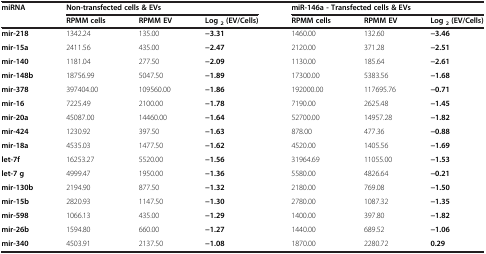
<table><thead><tr><td><b>miRNA</b></td><td colspan="3"><b>Non-transfected cells &amp; EVs</b></td><td colspan="3"><b>miR-146a - Transfected cells &amp; EVs</b></td></tr><tr><td><b> </b></td><td><b>RPMM cells</b></td><td><b>RPMM EV</b></td><td><b>Log<sub>2</sub>(EV/Cells)</b></td><td><b>RPMM cells</b></td><td><b>RPMM EV</b></td><td><b>Log<sub>2</sub>(EV/Cells)</b></td></tr></thead><tbody><tr><td><b>mir-218</b></td><td>1342.24</td><td>135.00</td><td><b>−3.31</b></td><td>1460.00</td><td>132.60</td><td><b>−3.46</b></td></tr><tr><td><b>mir-15a</b></td><td>2411.56</td><td>435.00</td><td><b>−2.47</b></td><td>2120.00</td><td>371.28</td><td><b>−2.51</b></td></tr><tr><td><b>mir-140</b></td><td>1181.04</td><td>277.50</td><td><b>−2.09</b></td><td>1130.00</td><td>185.64</td><td><b>−2.61</b></td></tr><tr><td><b>mir-148b</b></td><td>18756.99</td><td>5047.50</td><td><b>−1.89</b></td><td>17300.00</td><td>5383.56</td><td><b>−1.68</b></td></tr><tr><td><b>mir-378</b></td><td>397404.00</td><td>109560.00</td><td><b>−1.86</b></td><td>192000.00</td><td>117695.76</td><td><b>−0.71</b></td></tr><tr><td><b>mir-16</b></td><td>7225.49</td><td>2100.00</td><td><b>−1.78</b></td><td>7190.00</td><td>2625.48</td><td><b>−1.45</b></td></tr><tr><td><b>mir-20a</b></td><td>45087.00</td><td>14460.00</td><td><b>−1.64</b></td><td>52700.00</td><td>14957.28</td><td><b>−1.82</b></td></tr><tr><td><b>mir-424</b></td><td>1230.92</td><td>397.50</td><td><b>−1.63</b></td><td>878.00</td><td>477.36</td><td><b>−0.88</b></td></tr><tr><td><b>mir-18a</b></td><td>4535.03</td><td>1477.50</td><td><b>−1.62</b></td><td>4520.00</td><td>1405.56</td><td><b>−1.69</b></td></tr><tr><td><b>let-7f</b></td><td>16253.27</td><td>5520.00</td><td><b>−1.56</b></td><td>31964.69</td><td>11055.00</td><td><b>−1.53</b></td></tr><tr><td><b>let-7 g</b></td><td>4999.47</td><td>1950.00</td><td><b>−1.36</b></td><td>5580.00</td><td>4826.64</td><td><b>−0.21</b></td></tr><tr><td><b>mir-130b</b></td><td>2194.90</td><td>877.50</td><td><b>−1.32</b></td><td>2180.00</td><td>769.08</td><td><b>−1.50</b></td></tr><tr><td><b>mir-15b</b></td><td>2820.93</td><td>1147.50</td><td><b>−1.30</b></td><td>2780.00</td><td>1087.32</td><td><b>−1.35</b></td></tr><tr><td><b>mir-598</b></td><td>1066.13</td><td>435.00</td><td><b>−1.29</b></td><td>1400.00</td><td>397.80</td><td><b>−1.82</b></td></tr><tr><td><b>mir-26b</b></td><td>1594.80</td><td>660.00</td><td><b>−1.27</b></td><td>1440.00</td><td>689.52</td><td><b>−1.06</b></td></tr><tr><td><b>mir-340</b></td><td>4503.91</td><td>2137.50</td><td><b>−1.08</b></td><td>1870.00</td><td>2280.72</td><td><b>0.29</b></td></tr></tbody></table>